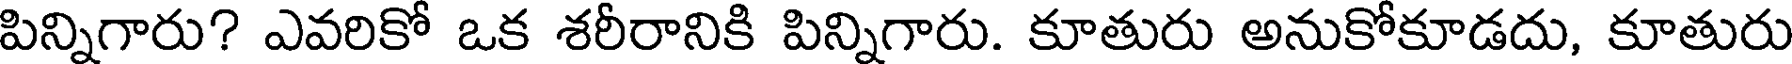
పిన్నిగారు? ఎవరికో ఒక శరీరానికి పిన్నిగారు. కూతురు అనుకోకూడదు, కూతురు